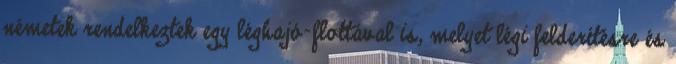
németek rendelkeztek egy léghajó-flottával is, melyet légi felderítésre és